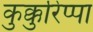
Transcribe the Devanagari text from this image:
कुक्कुरिप्पा